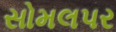
સોમલપર